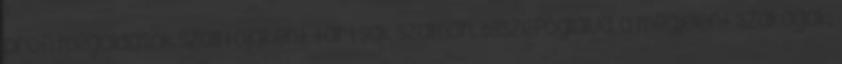
profi megoldások szállítójaként tartsák számon. Összefoglalva, a megjelent szakágak: